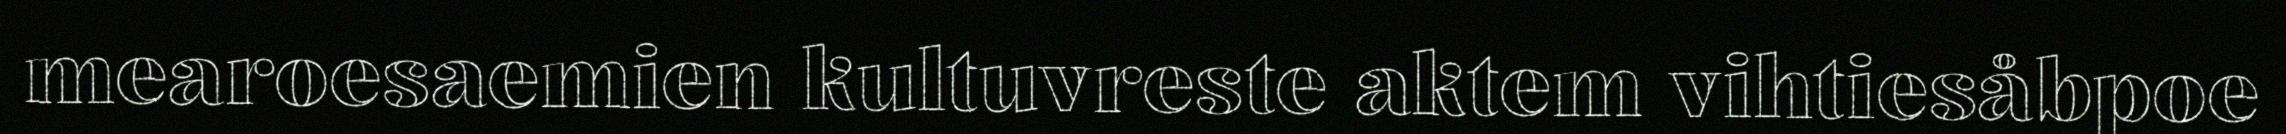
mearoesaemien kultuvreste aktem vihtiesåbpoe